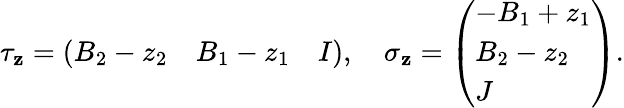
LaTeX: \tau_{\mathbf{z}}=\left(\begin{array}{lll}{{B_{2}-z_{2}}}&{{B_{1}-z_{1}}}&{{I}}\end{array}\right),\quad\sigma_{\mathbf{z}}=\left(\begin{array}{l}{{-B_{1}+z_{1}}}\\ {{B_{2}-z_{2}}}\\ {{J}}\end{array}\right).